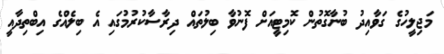
މަޖިލީހުގެ ގަވާއިދު ބުނާގޮތުން ކޮމިޓީއަށް ފޮނުވާ ބިލުތައް ދިރާސާކުރުމުގައި އެ ބިލެއްގެ އިބްތިދާއީ